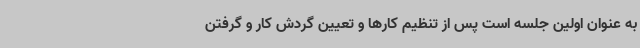
به عنوان اولین جلسه است پس از تنظیم کارها و تعیین گردش کار و گرفتن